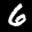
Label: 6